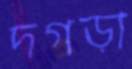
দগড়া